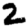
Digit: 2